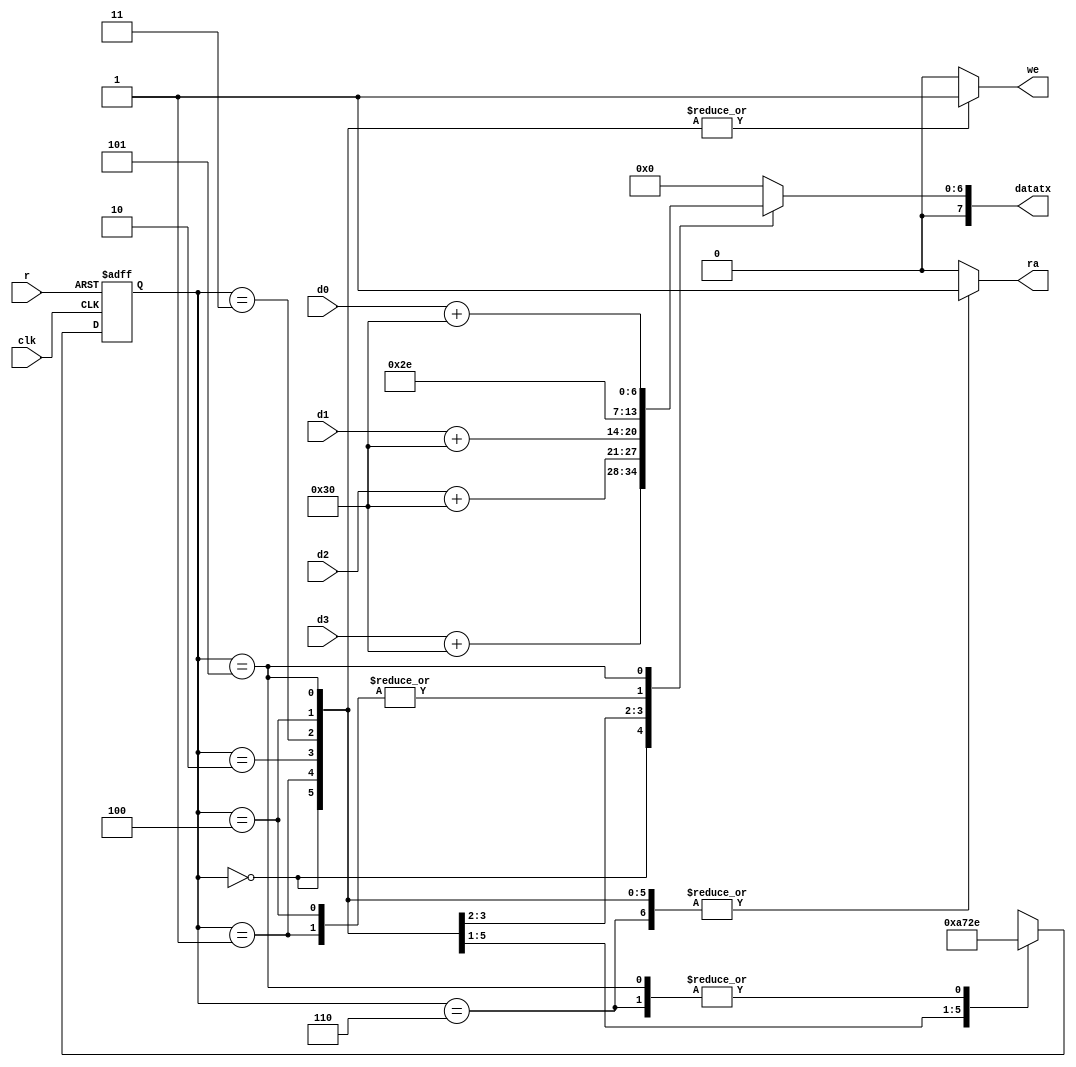
`timescale 1ns / 1ps
//////////////////////////////////////////////////////////////////////////////////
// Company: 
// Engineer: 
// 
// Design Name: 
// Module Name:    watchtotx 
// Project Name: 
// Target Devices: 
// Tool versions: 
// Description: 
//
// Dependencies: 
//
// Revision: 
// Revision 0.01 - File Created
// Additional Comments: 
//
//////////////////////////////////////////////////////////////////////////////////
module watchtotx(
	 input wire clk,
	 input wire r,
	 input wire [3:0]d0,d1,d2,d3, //datos del watch
	 output reg we,
	 output reg [7:0]datatx,//datos a transmitir
	 output reg ra
    );
	 
	 reg [7:0]ascid0,ascid1,ascid2,ascid3;
	 
	 localparam dot=8'b101110,cero=8'b110000,
				  uno=8'b110001,dos=8'b110010,
				  tres=8'b110011,cuatro=8'b110100,
				  cinco=8'b110101,seis=8'b110110,
				  siete=8'b110111,ocho=8'b111000,
				  nueve=8'b111001; //VALORES ASCII
				  
	localparam E0=3'b0,E1=3'b1,E2=3'b10,E3=3'b11,E4=3'b100,E5=3'b101,E6=3'b110;
	reg [2:0]Eold,Enew;
	
	//Conversion decimal to ASCII
	always @(*)
	begin
		    ascid0=d0+cero;
		    ascid1=d1+cero;
		    ascid2=d2+cero;
		    ascid3=d3+cero;
			 ra=0;
	//Combitional state logic
	    begin	 
		    case(Eold)
		        E0: begin Enew=E1; datatx=ascid3;we=1;ra=1; end
			     E1: begin Enew=E2; datatx=dot;we=1;ra=1;end
			     E2: begin Enew=E3; datatx=ascid2;we=1;ra=1;end
			     E3: begin Enew=E4; datatx=ascid1;we=1;ra=1;end
			     E4: begin Enew=E5; datatx=dot;we=1;ra=1; end
			     E5: begin Enew=E6; datatx=ascid0;we=1;ra=1;end
				  E6: begin Enew=E6; datatx=0;we=0; ra=1; end
				  default: begin Enew=3'bxxx; datatx=0;we=0; ra=0;end
		    endcase 
		 end
		end
	//New state sequential logic
	always @(posedge clk or posedge r)
	    begin
	      Eold <= Enew;
		   if(r) Eold <= E0;
		   end
endmodule